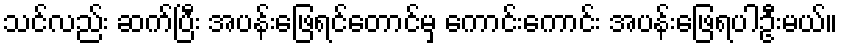
သင်လည်း ဆက်ပြီး အပန်းဖြေရင်တောင်မှ ကောင်းကောင်း အပန်းဖြေရပါဦးမယ်။